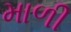
માળી